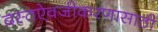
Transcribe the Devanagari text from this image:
दस्तऐवजीकरणासाठी